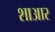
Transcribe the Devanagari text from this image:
शाआर